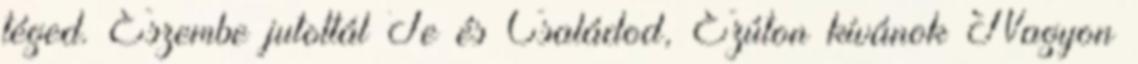
téged. Eszembe jutottál Te és Családod, Ezúton kívánok Nagyon